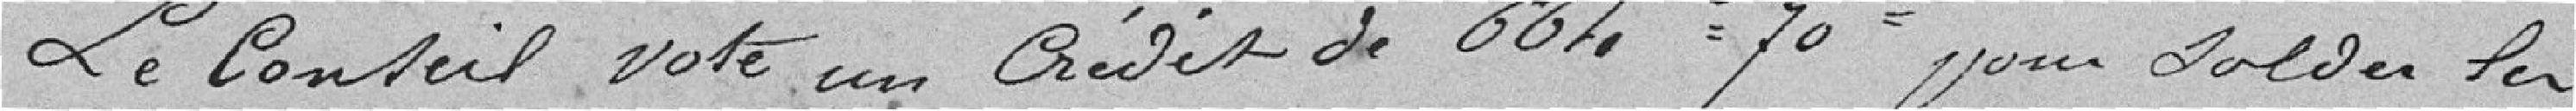
Le conseil vote un crédit de 664 f 70 c pour solder les